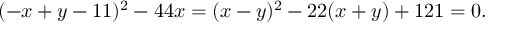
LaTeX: ( - x + y - 1 1 ) ^ { 2 } - 4 4 x = ( x - y ) ^ { 2 } - 2 2 ( x + y ) + 1 2 1 = 0 .